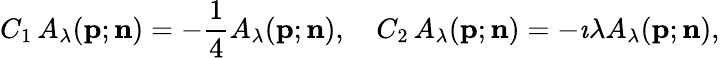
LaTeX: C_{1}\, A_{\lambda}({\mathbf p};{\mathbf n})=-\frac{1}{4}A_{\lambda}({\mathbf p};{\mathbf n}),\quad{C_{2}}\, A_{\lambda}({\mathbf p};{\mathbf n})=-\imath{\lambda}A_{\lambda}({\mathbf p};{\mathbf n}),